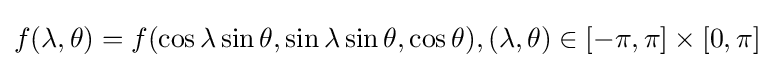
f(\lambda ,\theta )=f(\cos \lambda \sin \theta ,\sin \lambda \sin \theta ,\cos \theta ),(\lambda ,\theta )\in [-\pi ,\pi ]\times [0,\pi ]